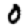
Digit: 0